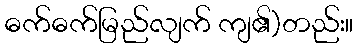
ဓက်ဓက်မြည်လျက် ကျ၏)တည်း။